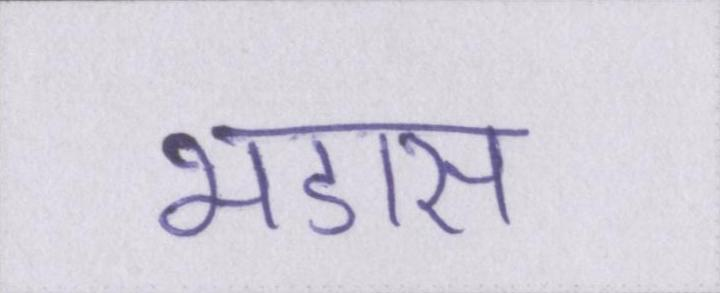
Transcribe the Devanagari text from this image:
भडास